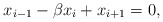
\begin{align*} x_{i-1} - \beta x_i + x_{i+1} = 0, \end{align*}